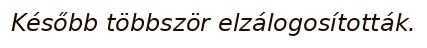
Később többször elzálogosították.